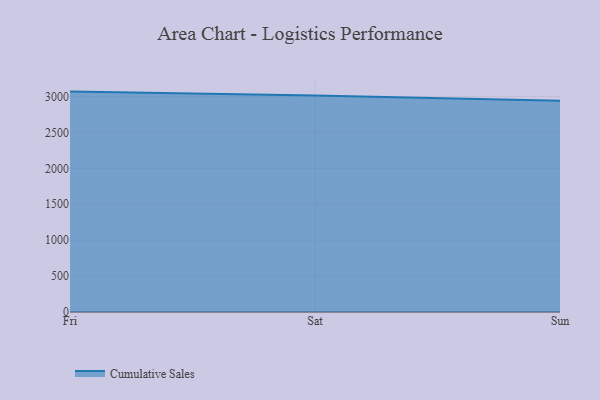
{"axis": {"x": "Day", "y": "Headcount"}, "legend": ["Cumulative Sales"], "data": [{"x": "Fri", "y": 3069.3, "type": "Cumulative Sales"}, {"x": "Sat", "y": 3015.1, "type": "Cumulative Sales"}, {"x": "Sun", "y": 2940.8, "type": "Cumulative Sales"}]}